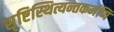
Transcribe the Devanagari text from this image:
सृष्टिस्थित्यन्तकर्मणि